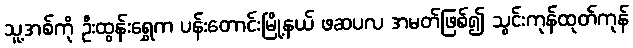
သူ့အစ်ကို ဦးထွန်းရွှေက ပန်းတောင်းမြို့နယ် ဖဆပလ အမတ်ဖြစ်၍ သွင်းကုန်ထုတ်ကုန်